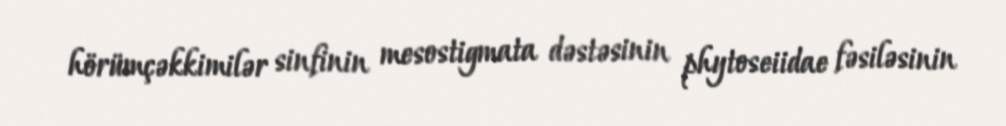
hörümçəkkimilər sinfinin mesostigmata dəstəsinin phytoseiidae fəsiləsinin